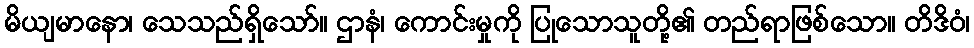
မိယျမာနော၊ သေသည်ရှိသော်။ ဌာနံ၊ ကောင်းမှုကို ပြုသောသူတို့၏ တည်ရာဖြစ်သော။ တိဒိဝံ၊